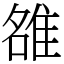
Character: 𨿅